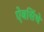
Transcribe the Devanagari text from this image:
ऐबसिंथे